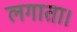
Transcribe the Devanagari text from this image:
लगाता।